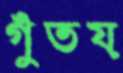
গুঁতয়